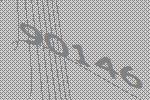
90146